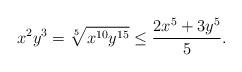
LaTeX: \begin{align*}x^2y^3 = \sqrt[5]{x^{10}y^{15} } \leq \frac{2x^5+3y^5}{5}.\end{align*}